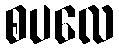
စပလေ